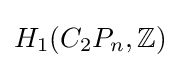
H_{1}(C_{2}P_{n},\mathbb {Z} )